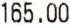
165.00